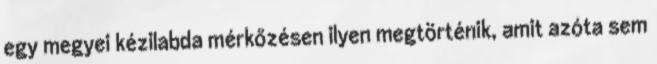
egy megyei kézilabda mérkőzésen ilyen megtörténik, amit azóta sem